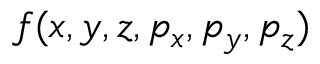
f ( x , y , z , p _ { x } , p _ { y } , p _ { z } )